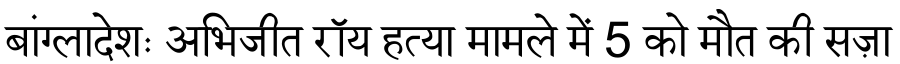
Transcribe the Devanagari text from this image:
बांग्लादेशः अभिजीत रॉय हत्या मामले में 5 को मौत की सज़ा